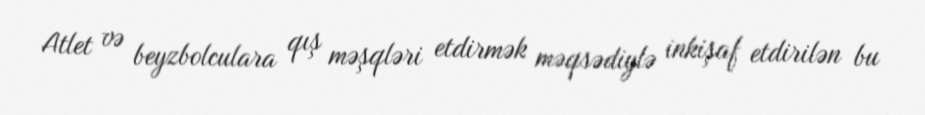
Atlet və beyzbolculara qış məşqləri etdirmək məqsədiylə inkişaf etdirilən bu